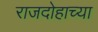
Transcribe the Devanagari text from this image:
राजदोहाच्या